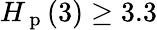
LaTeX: H_{\mathrm{~p~}}(3)\geq 3.3